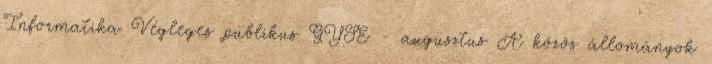
Informatika Végleges publikus GYSE - augusztus A közös állományok